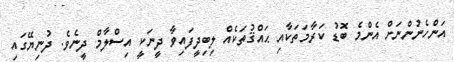
އަންހެނުންނަށް އެންމެ ބޮޑު ކަރާމަތަކާއި ޙައްޤުތަކެއް ލިބިދީފައިވާ ދީނަކީ އިސްލާމް ދީނެވެ. ދުނިޔޭގައި